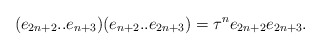
\begin{align*}(e_{2n+2}..e_{n+3})(e_{n+2}..e_{2n+3}) = {\tau}^ne_{2n+2}e_{2n+3}.\end{align*}